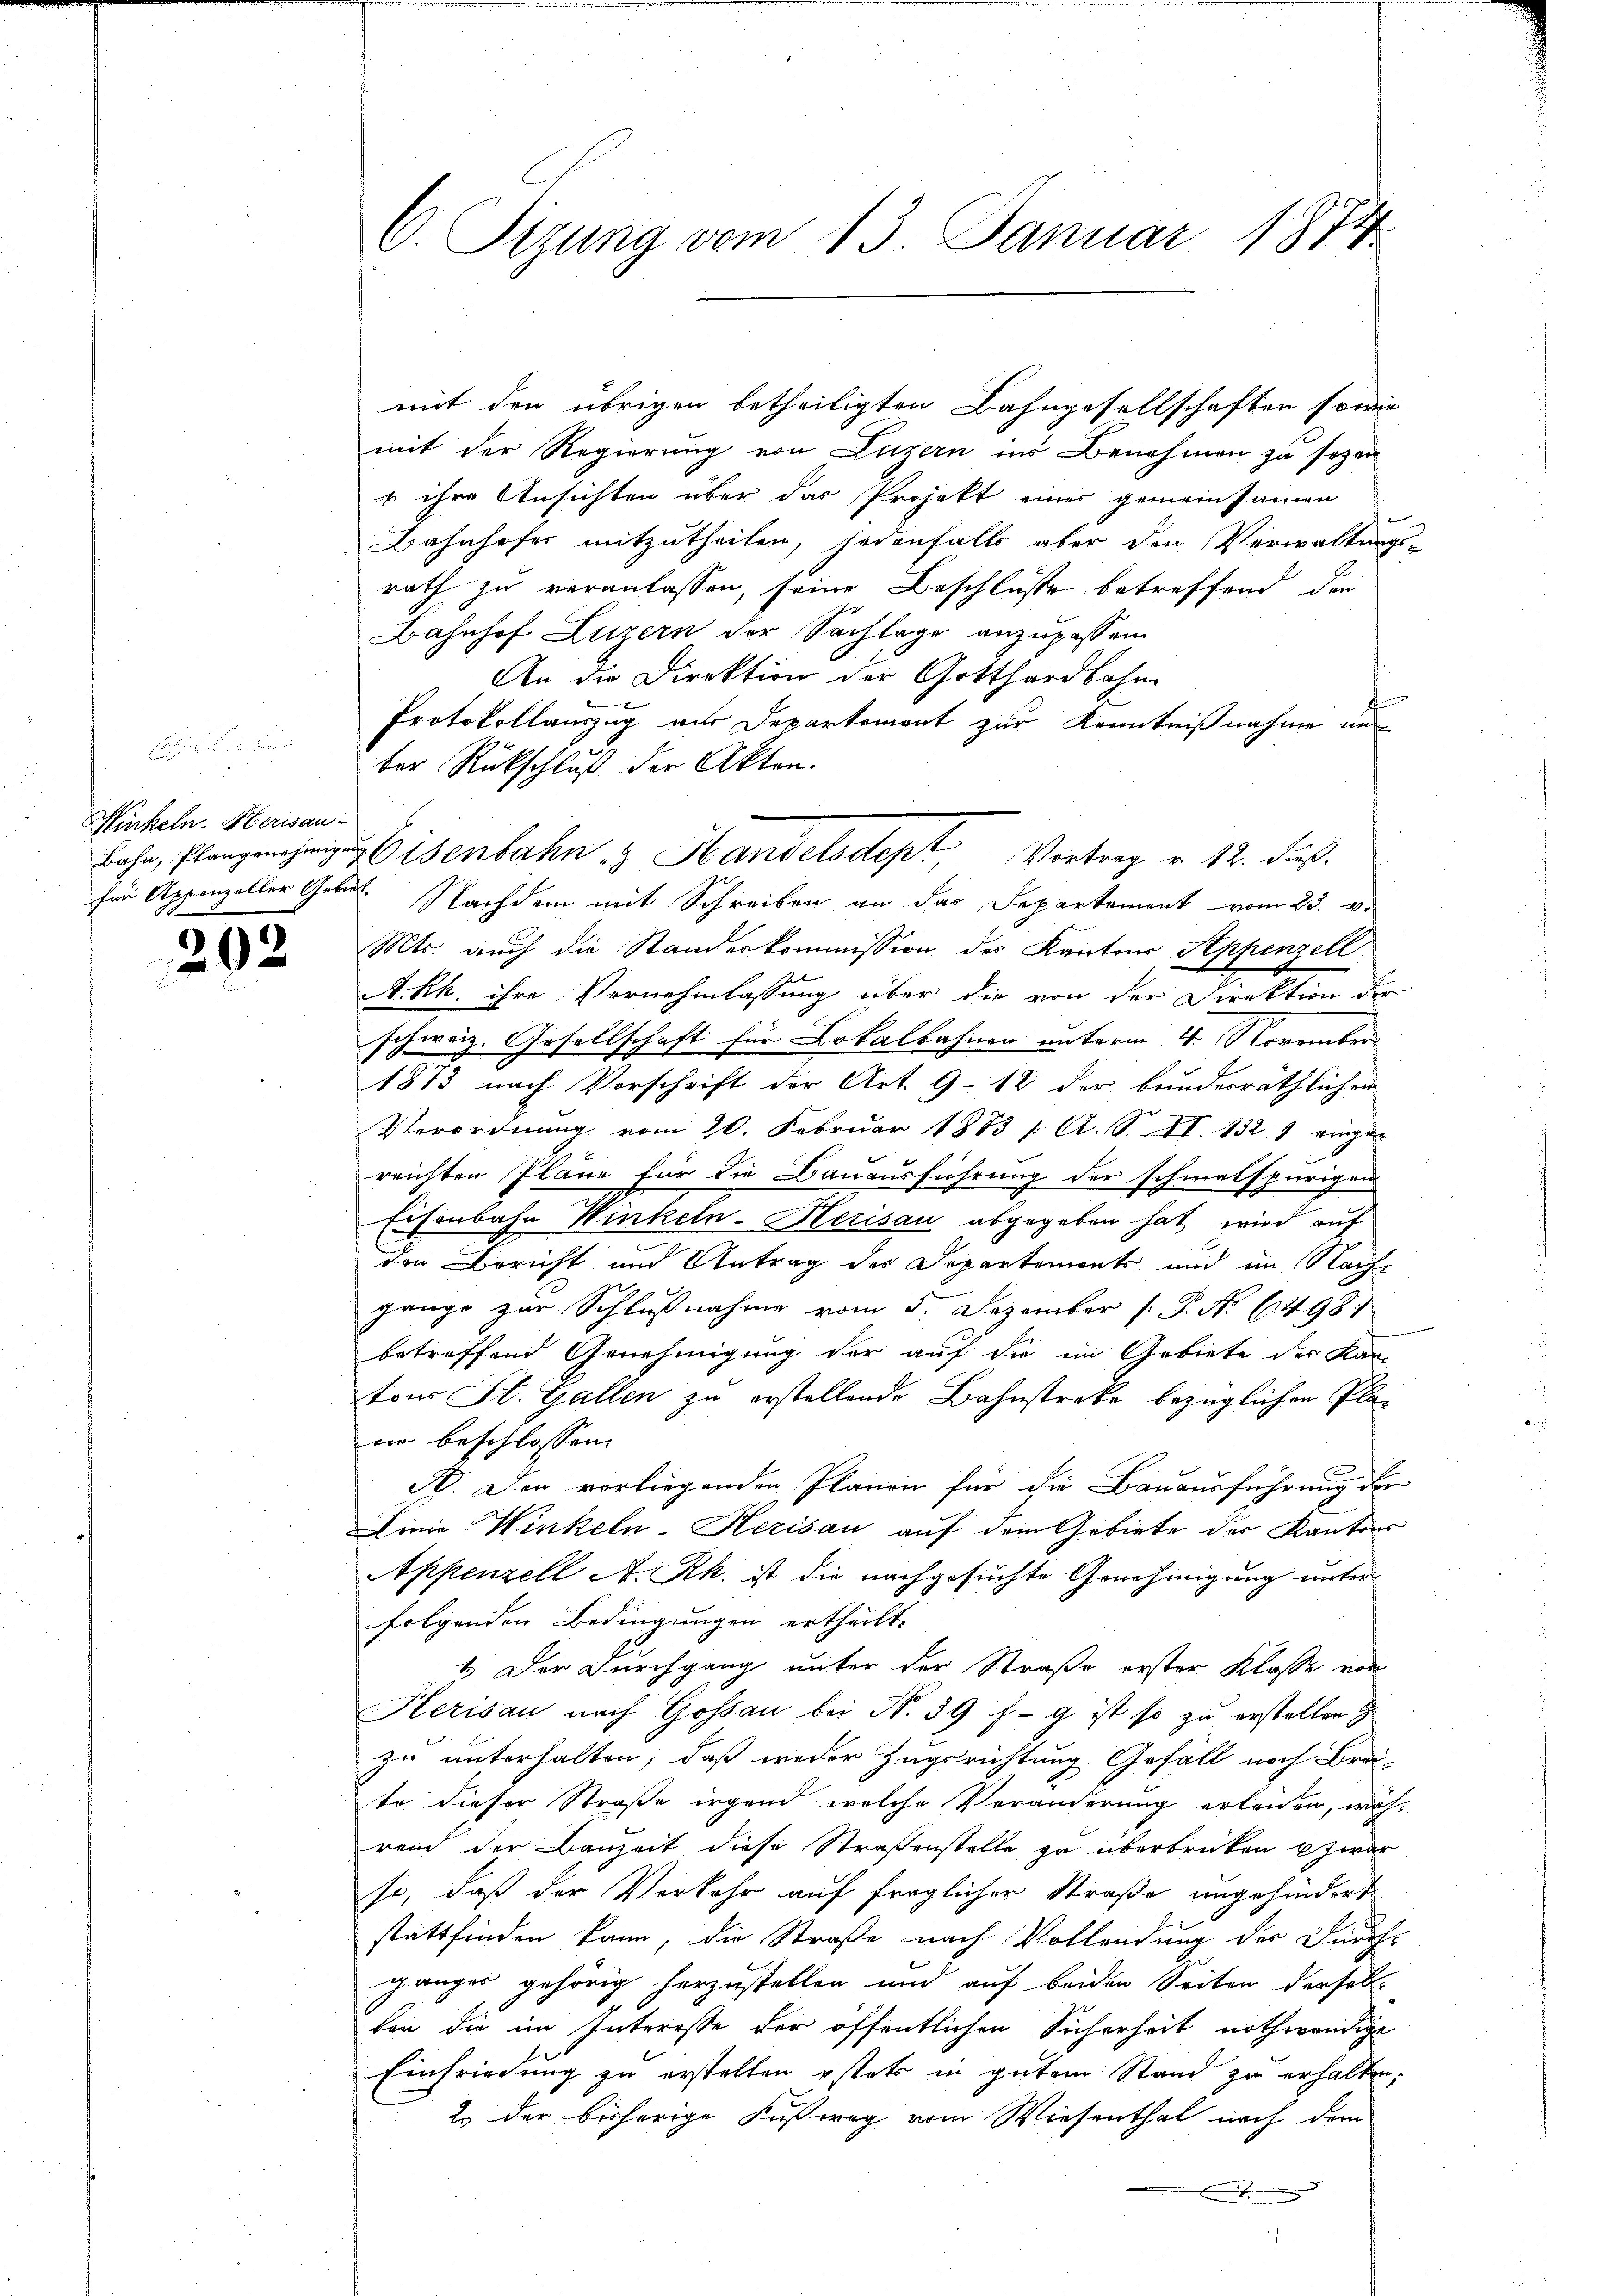
Hinkeln. Herisau

202

C. Sizung vom 13. Januar 1874.

mit den übrigen betheiligten Bahngesellschaften sowie
mit der Regierung von Luzern ins Benehmen zu sogen
b ihre Ansichten über das Projekt einer gemeinsamen
Bahnhofer mitzutheilen, jedenfalls aber den Verwaltungs-
rath zu veranlassen, seine Beschlüsse betreffend der
Bahnhof Luzern der Sachlage anzupassen
An die Direktion der Gotthardbahn
Protokollauszug aus Departemont zur Kenntnißnahme un
ber Rückschluß der Akten.
bahn, Plangenehmige Eisenbahn & Handelsdept, Vortrag v. 12. daß
für Appenzeller Gebot. Nachdem mit Schreiben an das Departement vom 23. v.
Mts. auch die Standeskommission der Kantons Appenzell
A.Rh. ihre Vernehmlassung über die von der Direktion der
schweiz. Gesellschaft für Lokalbahnen unterm 4. November
1873 nach Vorschrift der Art. 9 - 12 der bundesräthlichen
Verordnung vom 20. Februar 1883 / A. S. II. 132 7 einge
reichten Plane für die Bauausführung der schmalspurigen
Eisenbahn Winkeln-Herisau abgegeben hat, wird auf
den Bericht und Antrag der Departements, und im Nachgange zur Schlußnahme vom 5. Dezember [ P. No 6498:
betreffend Genehmigung der auf die im Gebiete der Kantons St. Gallen zu erstellende Bahnstreke bezüglichen Plann beschlossen
S. Der vorliegenden Planen für die Bauausführung der
Linie Winkeln-Kerisau auf dem Gebiete der Kantons
Appenzell A. Rh. ist die nachgesuchte Genehmigung unter
folgenden Bedingungen ertheilt.
1. Der Durchgang unter der Straße erster Klasse von
Herisau nach Gossau bei N. 39 f g ist so zu erstellen E
zu unterhalten, daß weder Zugsrichtung Gefäll noch Brei-
te dieser Straße irgend, welche Veränderung erleiden, wäh-
rend der Bauzeit diese Straßenstelle zu überbrücken zwar
so, daß der Verkehr auf fraglicher Straße ungehindert
stattfinden kann, die Straße nach Vollendung der Durch-
ganges gehörig herzustellen und auf beiden Seiten derselbe
ben die im Interesse der öffentlichen Sicherheit nothwendige
Einfriedung zu erstellen östets in gutem Stand zu erhalten,
2.) Der bisherige Fußweg vom Wiesenthal nach dem
.